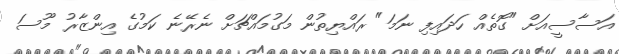
އަސާސީއަށް "ގޮތެއް ހަދައިފި ނަމަ" ރައްޔިތުން މަގުމައްޗަށް ނެރޭނެ ކަމުގެ އިންޒާރު މޫސަ